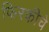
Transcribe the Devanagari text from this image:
फिरकीचे